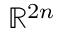
\mathbb { R } ^ { 2 n }